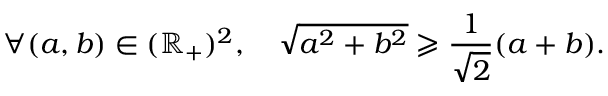
\forall ( a , b ) \in ( \mathbb { R } _ { + } ) ^ { 2 } , \quad \sqrt { a ^ { 2 } + b ^ { 2 } } \geqslant \frac { 1 } { \sqrt { 2 } } ( a + b ) .